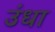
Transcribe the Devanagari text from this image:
उंधा